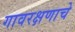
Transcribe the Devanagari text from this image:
गावरक्षणाचे